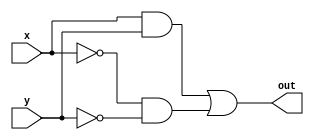
module comparator( out, x, y );
  input x;
  input y;
  output out;

// assign out = (x & y) | (~x & ~y);

wire xy_out;
wire not_x;
wire not_y;
// wire comparator_out;
wire xnot_ynot;

and(xy_out, x, y);

not(not_x, x);
not(not_y, y);
and(xnot_ynot, not_x, not_y);

or(out, xy_out, xnot_ynot);

endmodule